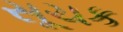
સૂચક